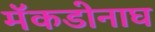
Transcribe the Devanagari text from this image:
मॅकडोनाघ